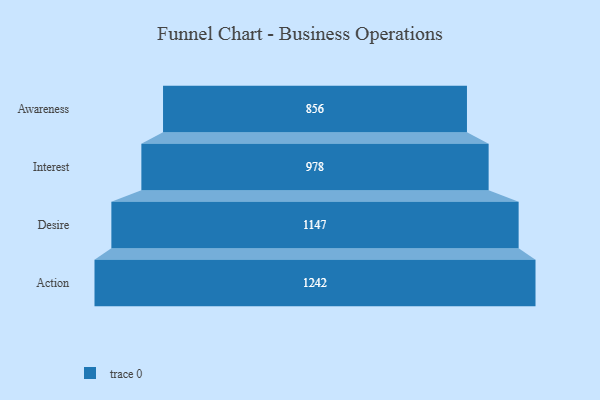
{"axis": {"x": "Stage", "y": "Value"}, "legend": [""], "data": [{"x": "Awareness", "y": 856.0, "type": ""}, {"x": "Interest", "y": 978.0, "type": ""}, {"x": "Desire", "y": 1147.0, "type": ""}, {"x": "Action", "y": 1242.0, "type": ""}]}